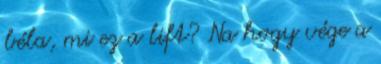
béla, mi ez a lift? Na hogy vége a